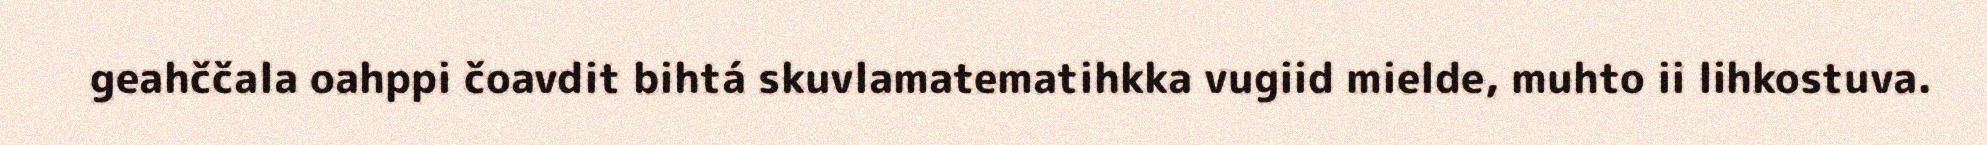
geahččala oahppi čoavdit bihtá skuvlamatematihkka vugiid mielde, muhto ii lihkostuva.